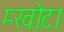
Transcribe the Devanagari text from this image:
म्खोटा